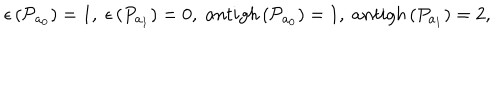
LaTeX: \epsilon \left( { \cal P } _ { a _ { 0 } } \right) = 1 , \; \epsilon \left( P _ { a _ { 1 } } \right) = 0 , \; a n t i g h \left( { \cal P } _ { a _ { 0 } } \right) = 1 , \; a n t i g h \left( P _ { a _ { 1 } } \right) = 2 ,